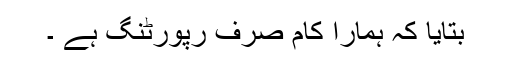
بتایا کہ ہمارا کام صرف رپورٹنگ ہے ۔